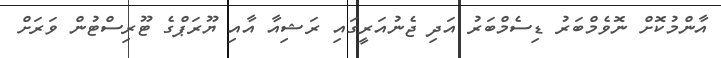
އާންމުކޮށް ނޮވެމްބަރު ޑިސެމްބަރު އަދި ޖެނުއަރީގައި ރަޝިއާ އާއި ޔޫރަޕްގެ ޓޫރިސްޓުން ވަރަށް